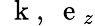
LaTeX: \mathrm{~\mathbf~k~},\mathrm{~\mathbf~e~}_{z}